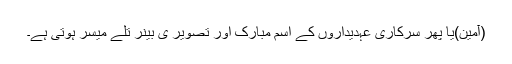
(آمین)یا پھر سرکاری عہدیداروں کے اسم مبارک اور تصویر ی بینر تلے میسر ہوتی ہے۔